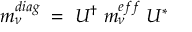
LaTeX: m _ { \nu } ^ { d i a g } \; = \; U ^ { \dag } \; m _ { \nu } ^ { e f f } \; U ^ { \ast }